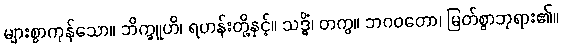
များစွာကုန်သော။ ဘိက္ခူဟိ၊ ရဟန်းတို့နှင့်။ သဒ္ဓိံ၊ တကွ။ ဘဂဝတော၊ မြတ်စွာဘုရား၏။